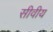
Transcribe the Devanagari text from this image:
सीवीय